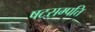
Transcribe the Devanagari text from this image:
षटसम्पत्ति